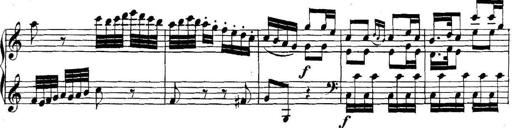
Title: Collected Piano Sonatas
Composer: Muzio Clementi